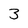
Character: 3